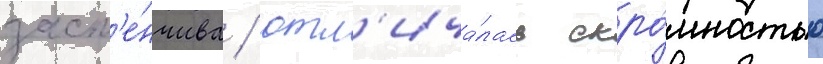
заст'е́нчива / отл'ича́лась скро́мностью